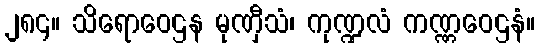
၂၈၄။ သိရောဝေဌန မုဏှီသံ၊ ကုဏ္ဍလံ ကဏ္ဏဝေဌနံ။